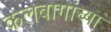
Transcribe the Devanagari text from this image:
कलबागांच्या